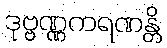
ဒုဗ္ဗဏ္ဏကရဏန္တိ